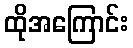
ထိုအကြောင်း